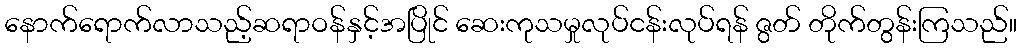
နောက်ရောက်လာသည့်ဆရာဝန်နှင့်အပြိုင် ဆေးကုသမှုလုပ်ငန်းလုပ်ရန် ဇွတ် တိုက်တွန်းကြသည်။